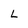
Character: L